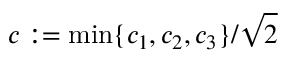
c : = \operatorname* { m i n } \{ c _ { 1 } , c _ { 2 } , c _ { 3 } \} / \sqrt { 2 }